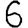
Digit: 6